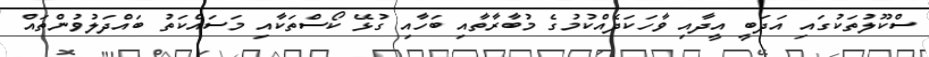
ސްކޫލުތަކުގައި އަދަބީ އީދާއި ވާހަކަދެއްކުމުގެ މުބާރާތާއި ބަހާއި ގުޅޭ ކޯސްތަކާއި މަސައްކަތު ބައްދަލުވުންތައް